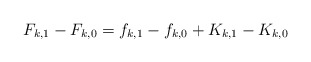
\begin{align*}F_{k,1}-F_{k,0} = f_{k,1}-f_{k,0}+ K_{k,1}-K_{k,0}\end{align*}